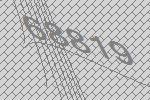
68819